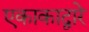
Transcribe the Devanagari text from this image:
एकाकाद्वारे